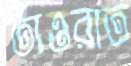
তাওরাত